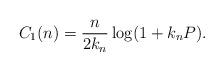
LaTeX: \begin{align*}C_1 (n) = \frac{n}{2 k_n } \log(1 + k_n P) .\end{align*}